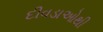
દીવડાઓથી